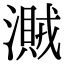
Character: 𣿐